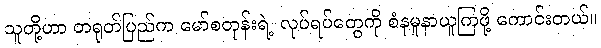
သူတို့ဟာ တရုတ်ပြည်က မော်စတုန်းရဲ့ လုပ်ရပ်တွေကို စံနမူနာယူကြဖို့ ကောင်းတယ်။